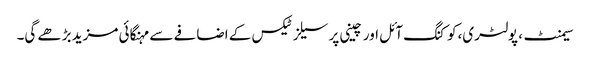
سیمنٹ، پولٹری،کوکنگ آئل اور چینی پر سیلز ٹیکس کے اضافے سے مہنگائی مزید بڑھے گی۔